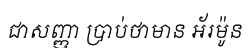
ជាសញ្ញា ប្រាប់ថាមាន អ័រម៉ូន